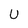
Character: U